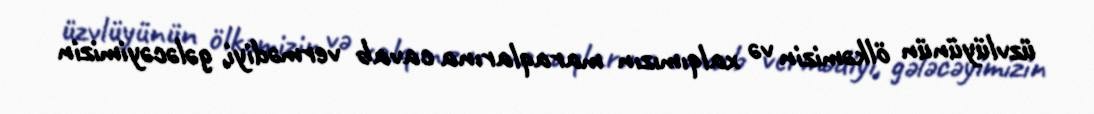
üzvlüyünün ölkəmizin və xalqımızın maraqlarına cavab vermədiyi, gələcəyimizin